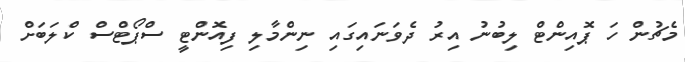
މެޗުން ހަ ޕޮއިންޓް ލިބުނު އިރު ދެވަނައިގައި ނިންމާލި ފިއޮންޓީ ސްޕޯޓްސް ކްލަބަށް